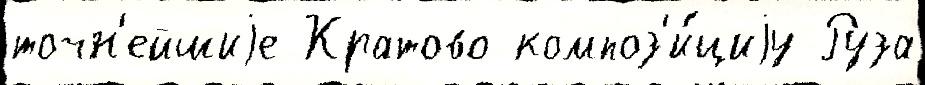
точн'ейшиjе Кратово композ'и́циjу Руза